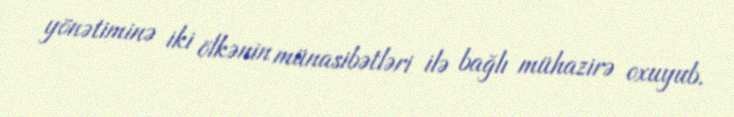
yönətiminə iki ölkənin münasibətləri ilə bağlı mühazirə oxuyub.